Senior Leaving Certificate Examination (including Day School Certificate (Higher) General paper), 1950
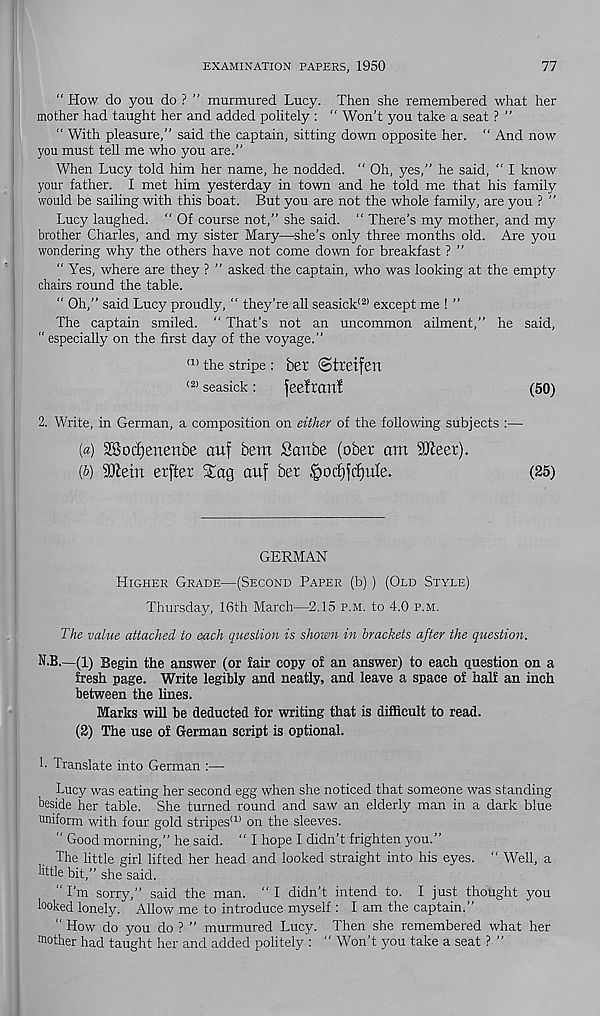
EXAMINATION PAPERS, 1950
77
“ How do you do ? ” murmured Lucy. Then she remembered what her
mother had taught her and added politely : “ Won’t you take a seat ? ”
“ With pleasure,” said the captain, sitting down opposite her. “ And now
you must tell me who you are.”
When Lucy told him her name, he nodded. " Oh, yes,” he said, " I know
your father. I met him yesterday in town and he told me that his family
would be sailing with this boat. But you are not the whole family, are you ? ”
Lucy laughed. " Of course not,” she said. “ There’s my mother, and my
brother Charles, and my sister Mary—she’s only three months old. Are you
wondering why the others have not come down for breakfast ? ”
“Yes, where are they ? ” asked the captain, who was looking at the empty
chairs round the table.
" Oh,” said Lucy proudly, “ they’re all seasick 12> except me ! ”
The captain smiled. “ That’s not an uncommon ailment,” he said,
“ especially on the first day of the voyage.”
(1> the stripe: ber (Stteifen
<2) seasick:
feeftartf
(50)
2. Write, in German, a composition on either of the following subjects :—
(«) SSodjenenbe cmf bem Sanbe (ober am SKeet).
(6) Wtxn erfter Sag auf ber &od|cJ)ule.
(25)
GERMAN
Higher Grade—(Second Paper (b) ) (Old Style)
Thursday, 16th March—2.15 p.m. to 4.0 p.m.
The value attached to each question is shown in brackets after the question.
N.B.—(1) Begin the answer (or fair copy of an answer) to each question on a
fresh page. Write legibly and neatly, and leave a space of half an inch
between the lines.
Marks will be deducted for writing that is difficult to read.
(2) The use of German script is optional.
h Translate into German :—
Lucy was eating her second egg when she noticed that someone was standing
beside her table. She turned round and saw an elderly man in a dark blue
uniform with four gold stripes 1 D on the sleeves.
“ Good morning,” he said. “ I hope I didn’t frighten you.”
The little girl lifted her head and looked straight into his eyes. “ Well, a
little bit,” she said.
“ I’m sorry,” said the man. “ I didn’t intend to. I just thought you
looked lonely. Allow me to introduce myself : I am the captain.”
“ How do you do ? ” murmured Lucy. Then she remembered what her
bother had taught her and added politely : “ Won’t you take a seat ? ”